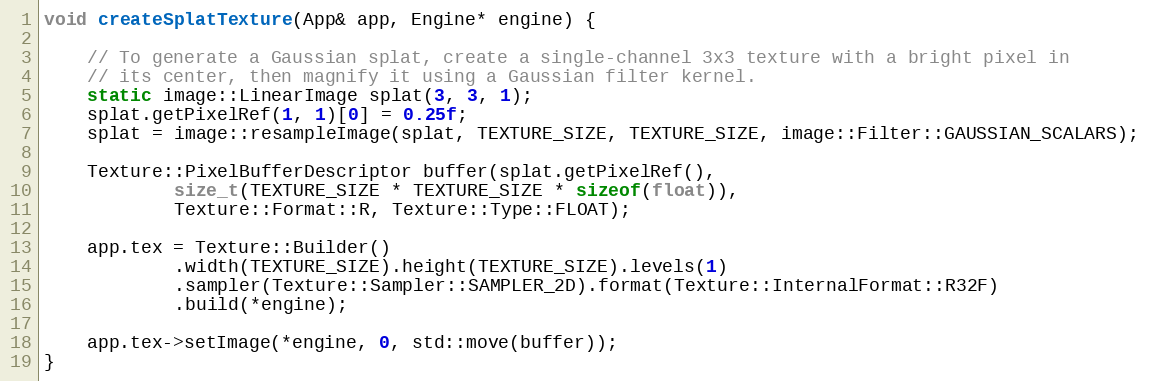
Language: C++
void createSplatTexture(App& app, Engine* engine) {

    // To generate a Gaussian splat, create a single-channel 3x3 texture with a bright pixel in
    // its center, then magnify it using a Gaussian filter kernel.
    static image::LinearImage splat(3, 3, 1);
    splat.getPixelRef(1, 1)[0] = 0.25f;
    splat = image::resampleImage(splat, TEXTURE_SIZE, TEXTURE_SIZE, image::Filter::GAUSSIAN_SCALARS);

    Texture::PixelBufferDescriptor buffer(splat.getPixelRef(),
            size_t(TEXTURE_SIZE * TEXTURE_SIZE * sizeof(float)),
            Texture::Format::R, Texture::Type::FLOAT);

    app.tex = Texture::Builder()
            .width(TEXTURE_SIZE).height(TEXTURE_SIZE).levels(1)
            .sampler(Texture::Sampler::SAMPLER_2D).format(Texture::InternalFormat::R32F)
            .build(*engine);

    app.tex->setImage(*engine, 0, std::move(buffer));
}